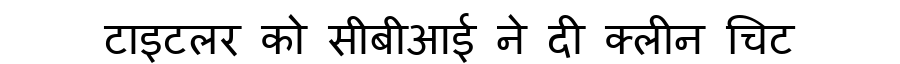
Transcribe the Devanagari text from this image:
टाइटलर को सीबीआई ने दी क्लीन चिट